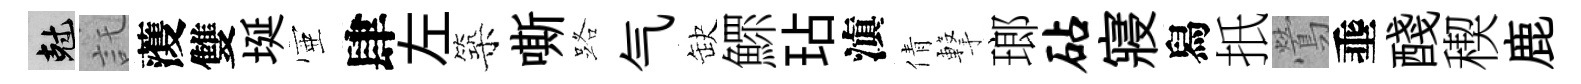
剋託𮑮雙埏壺肆左築嘶路气缺鰥玷滇倩撃瑯砧寢舄扺鶯埀醆稧鹿